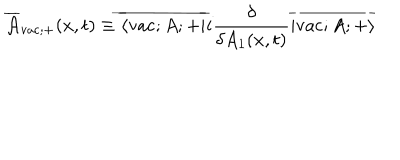
LaTeX: \overline { { { \cal A } } } _ { \mathrm { v a c } ; + } ( x , t ) \equiv \overline { { { \langle \mathrm { v a c } ; A ; + | } } } i \frac { \delta } { \delta A _ { 1 } ( x , t ) } \overline { { { | \mathrm { v a c } ; A ; + \rangle } } }